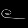
Digit: ၉